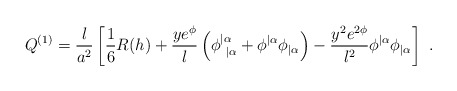
\begin{align*}Q^{(1)} = {l \over a^2} \left[ {1\over 6} R(h) + {y e^{\phi} \over l}\left( \phi^{|\alpha}_{\ |\alpha} + \phi^{|\alpha} \phi_{|\alpha} \right) - {y^2 e^{2\phi} \over l^2} \phi^{|\alpha} \phi_{|\alpha} \right] \ . \end{align*}